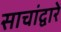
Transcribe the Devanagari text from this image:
साचांद्वारे